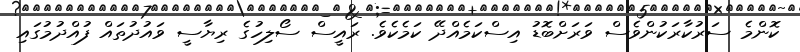
ކޮންމެ ސަރުކާރަކުންވެސް ވަރަށްބޮޑު އިސްކަމެއްދޭ ކަމެކެވެ. ރައީސް ސޯލިހުގެ ރިޔާސީ ވައުދުތައް ފުއްދުމުގައި